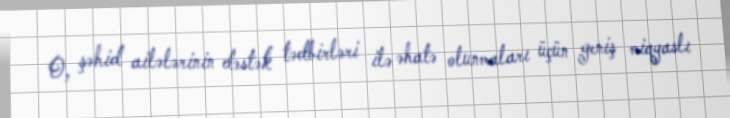
O, şəhid ailələrinin dəstək tədbirləri ilə əhatə olunmaları üçün geniş miqyaslı